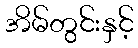
အိမ်တွင်းနှင့်